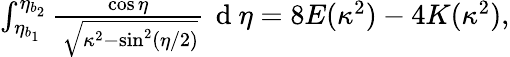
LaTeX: \begin{array}{r}{\int_{\eta_{b_{1}}}^{\eta_{b_{2}}}\frac{\cos\eta}{\, \sqrt{\kappa^{2}-\sin^{2}(\eta/2)}}\, \mathrm{~d~}\eta=8E(\kappa^{2})-4K(\kappa^{2}),}\end{array}